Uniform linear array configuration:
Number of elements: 48
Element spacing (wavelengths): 0.25
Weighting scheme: hann
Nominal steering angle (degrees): -15
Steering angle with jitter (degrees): -16.311
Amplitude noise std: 0.05
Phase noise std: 0.05

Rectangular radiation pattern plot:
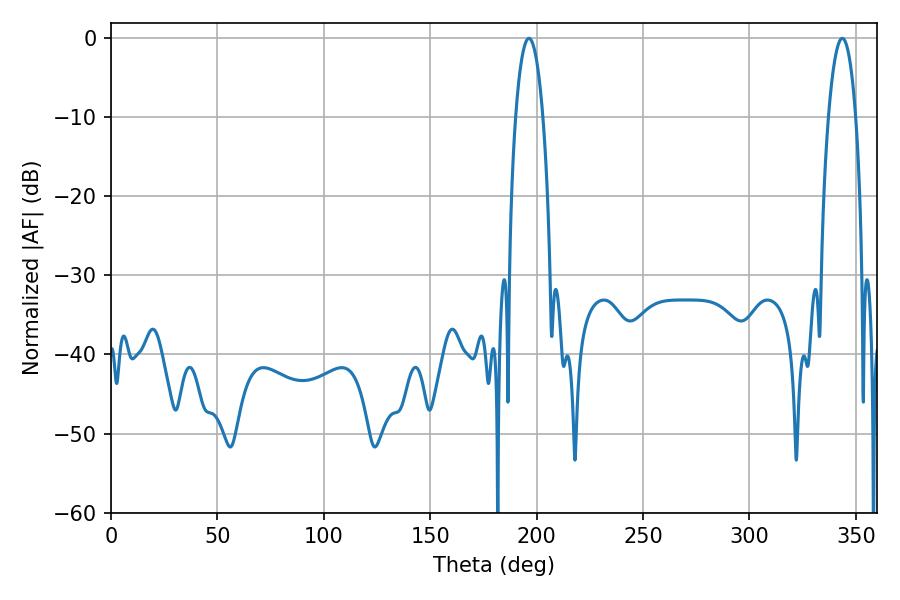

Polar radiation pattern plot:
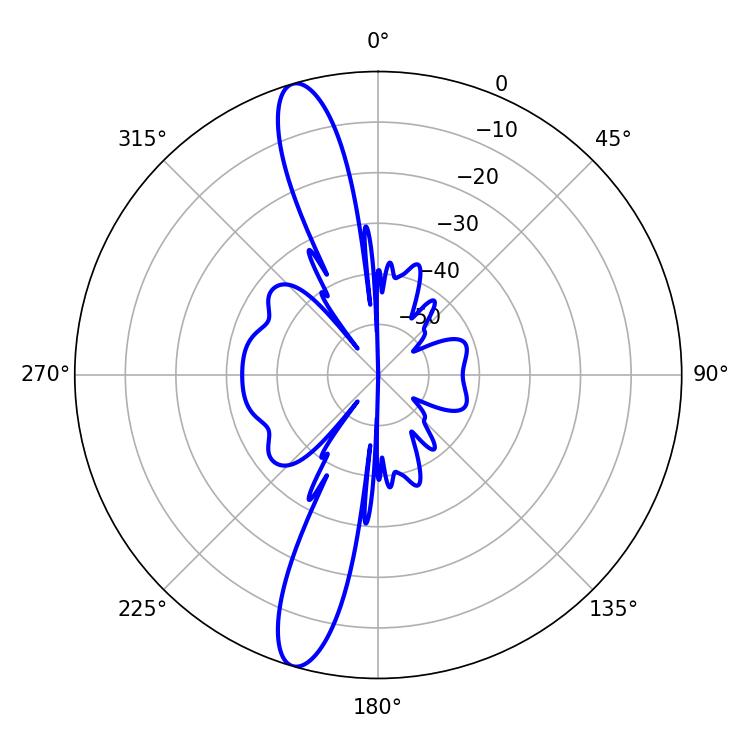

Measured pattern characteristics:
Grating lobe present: FALSE
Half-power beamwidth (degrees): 7.2
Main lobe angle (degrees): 196.38